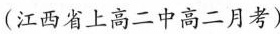
(江西省上高二中高二月考)